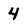
Character: 4